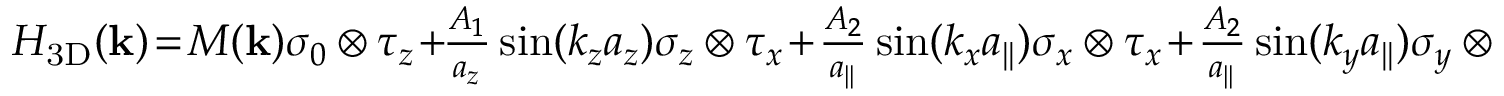
\begin{array} { r } { { \cal H } _ { \mathrm { 3 D } } ( { \bf k } ) \! = \! M ( { \bf k } ) \sigma _ { 0 } \otimes \tau _ { z } \! + \! \! \frac { A _ { 1 } } { a _ { z } } \sin ( k _ { z } a _ { z } ) \sigma _ { z } \otimes \tau _ { x } \! + \! \frac { A _ { 2 } } { a _ { | | } } \sin ( k _ { x } a _ { | | } ) \sigma _ { x } \otimes \tau _ { x } \! + \! \frac { A _ { 2 } } { a _ { | | } } \sin ( k _ { y } a _ { | | } ) \sigma _ { y } \otimes \tau _ { x } . } \end{array}